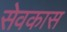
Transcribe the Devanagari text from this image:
सेवकास